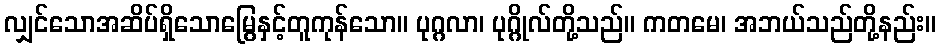
လျှင်သောအဆိပ်ရှိသောမြွေနှင့်တူကုန်သော။ ပုဂ္ဂလာ၊ ပုဂ္ဂိုလ်တို့သည်။ ကတမေ၊ အဘယ်သည်တို့နည်း။